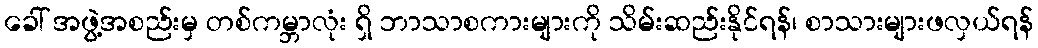
ခေါ် အဖွဲ့အစည်းမှ တစ်ကမ္ဘာလုံး ရှိ ဘာသာစကားများကို သိမ်းဆည်းနိုင်ရန်၊ စာသားများဖလှယ်ရန်